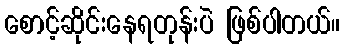
စောင့်ဆိုင်းနေရတုန်းပဲ ဖြစ်ပါတယ်။